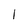
Character: I